Civil Veterinary Department. Madras. Admin. report 1926-33 - 1926-1933
Year: 1926
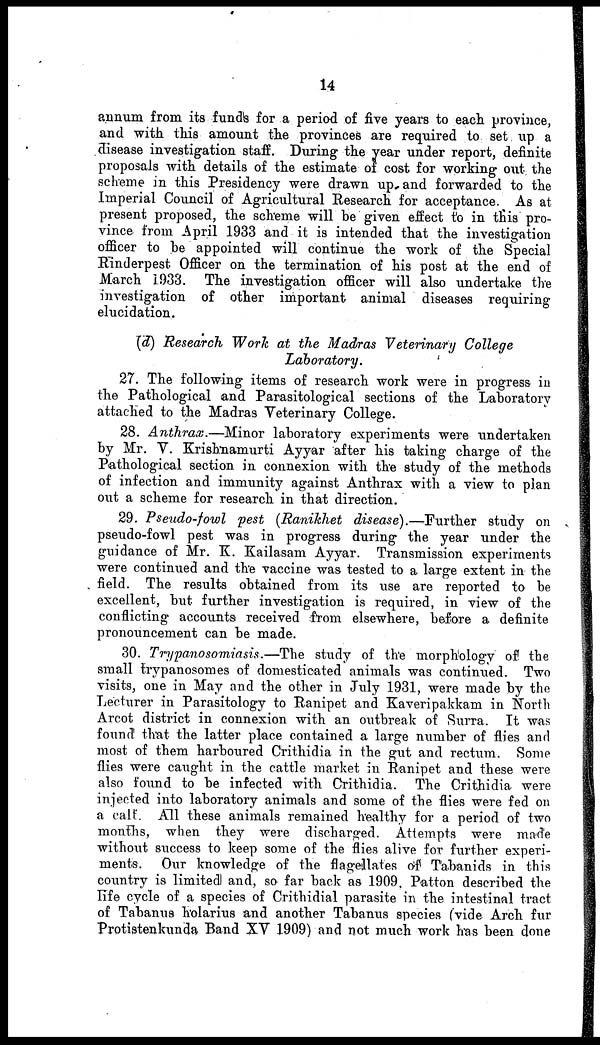
14
annum from its funds for a period of five years to each province,
and with this amount the provinces are required to set up a
disease investigation staff. During the year under report, definite
proposals with details of the estimate of cost for working out the
scheme in this Presidency were drawn up and forwarded to the
Imperial Council of Agricultural Research for acceptance. As at
present proposed, the scheme will be given effect to in this pro-
vince from April 1933 and it is intended that the investigation
officer to he appointed will continue the work of the Special
Rinderpest Officer on the termination of his post at the end of
March 1933. The investigation officer will also undertake the
investigation of other important animal diseases requiring
elucidation.
(d) Research Work at the Madras Veterinary
College
Laboratory.
27. The following items of research work were in progress in
the Pathological and Parasitological sections of the Laboratory
attached to the Madras Veterinary College.
28. Anthrax.—Minor
laboratory experiments were undertaken
by Mr. V. Krisknamurti Ayyar after his taking charge of the
Pathological section in connexion with the study of the methods
of infection and immunity against Anthrax with a view to plan
out a scheme for research in that direction.
29. Pseudo-fowl
pest (Ranikhet
disease).—Further
study on
pseudo-fowl pest was in progress during the year under the
guidance of Mr. K. Kailasam Ayyar. Transmission experiments
were continued and the vaccine was tested to a large extent in the
field. The results obtained from its use are reported to be
excellent, but further investigation is required, in view of the
conflicting accounts received from elsewhere, before a definite
pronouncement can be made.
30. Trypanosomiasis.—The
study of the morphology of the
small trypanosomes of domesticated animals was continued. Two
visits, one in May and the other in July 1931, were made by the
Lecturer in Parasitology to Ranipet and Kaveripakkam in North
Arcot district in connexion with an outbreak of Surra. It was
found that the latter place contained a large number of flies and
most of them harboured Crithidia in the gut and rectum. Some
flies were caught in the cattle market in Ranipet and these were
also found to be infected with Crithidia. The Crithidia were
injected into laboratory animals and some of the flies were fed on
a calf. All these animals remained healthy for a period of two
months, when they were discharged. Attempts were made
without success to keep some of the flies alive for further experi-
ments. Our knowledge of the flagellates of Tabanids in this
country is limited and, so far back as 1909. Patton described the
life cycle of a species of Crithidial parasite in the intestinal tract
of Tabanus holarius and another Tabanus species (vide Arch fur
Protistenkunda Band XV 1909) and not much work has been done